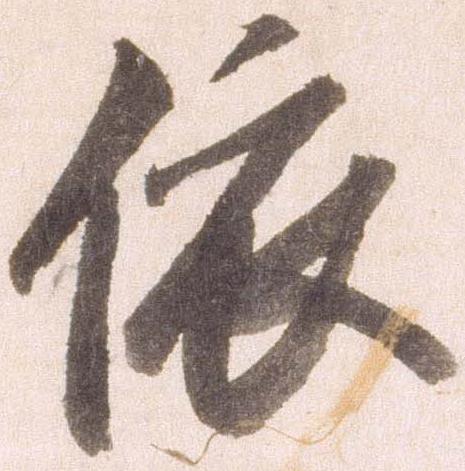
依